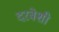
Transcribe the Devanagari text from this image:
दरबेशी